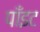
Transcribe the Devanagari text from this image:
पाँइट